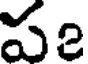
పe